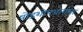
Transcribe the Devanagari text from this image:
षोडशोपचारांचा